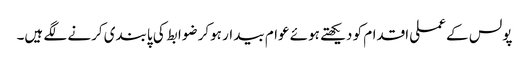
پولس کے عملی اقدام کو دیکھتے ہوئے عوام بیدار ہوکر ضوابط کی پابندی کرنے لگے ہیں۔